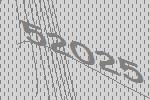
52025